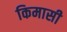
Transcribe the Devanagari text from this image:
किमासी